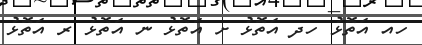
ހއ އަތޮޅު ހދ އަތޮޅު ށ އަތޮޅު ނ އަތޮޅު ރ އަތޮޅު